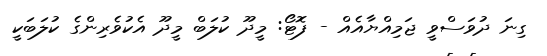
ގިނަ ދުވަސްވީ ޖަމިއްޔާއެއް - ފޮޓޯ: މީދޫ ކުލަބް މީދޫ އެކުވެރިންގެ ކުލަބަކީ